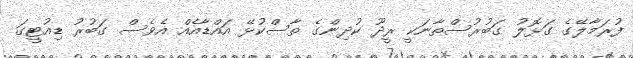
ފުރަމާލޭގެ ގަޅޮލު ގަބުރުސްތާނަކީ ރީދޫ ކުދިންގެ ތާސްކުޅޭ އައްޑާއެއް އެވެސް ގަބުރު ޑިއުޓީގަ